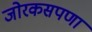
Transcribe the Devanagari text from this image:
जोरकसपणा